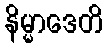
နိမ္မာဒေတိ